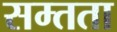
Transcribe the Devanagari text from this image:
सम्तता